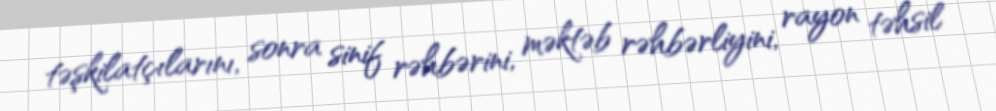
təşkilatçılarını, sonra sinif rəhbərini, məktəb rəhbərliyini, rayon təhsil